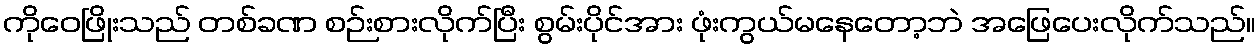
ကိုဝေဖြိုးသည် တစ်ခဏ စဉ်းစားလိုက်ပြီး စွမ်းပိုင်အား ဖုံးကွယ်မနေတော့ဘဲ အဖြေပေးလိုက်သည်။